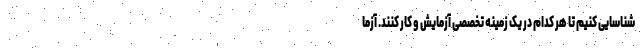
شناسایی کنیم تا هر کدام در یک زمینه تخصصی آزمایش و کار کنند. آزما